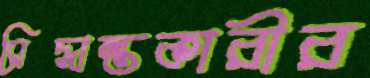
সিদ্ধান্তকারীর